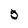
Character: 5